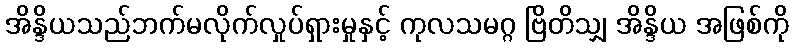
အိန္ဒိယသည်ဘက်မလိုက်လှုပ်ရှားမှုနှင့် ကုလသမဂ္ဂ ဗြိတိသျှ အိန္ဒိယ အဖြစ်ကို